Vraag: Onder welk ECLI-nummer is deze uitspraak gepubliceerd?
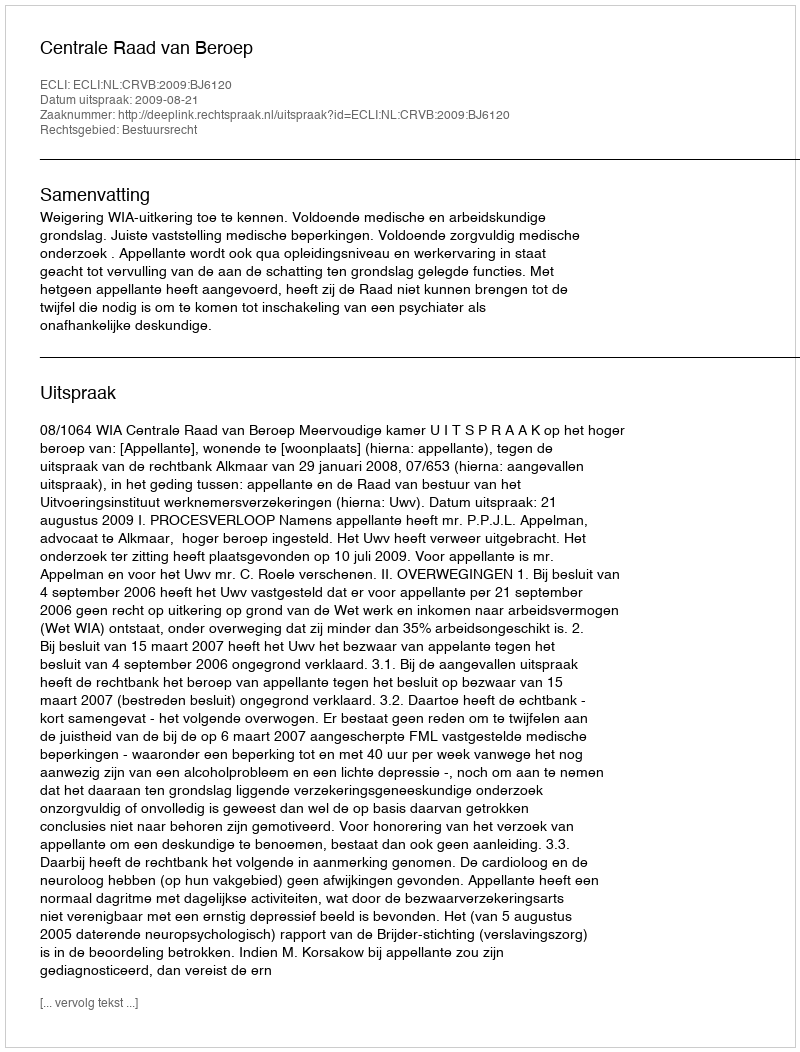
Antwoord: ECLI:NL:CRVB:2009:BJ6120